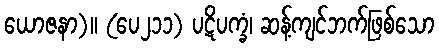
ယောဇနာ)။ (ပေ၂၁၁) ပဋိပက္ခံ၊ ဆန့်ကျင်ဘက်ဖြစ်သော